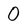
Character: O